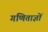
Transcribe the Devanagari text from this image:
गणिताज्ञों